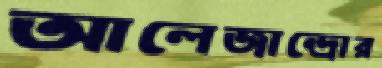
আলেজান্দ্রোর